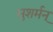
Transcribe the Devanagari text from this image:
सुशर्मन्